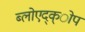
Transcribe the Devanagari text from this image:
ब्लोएद्क्ोप